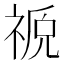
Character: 𫀖